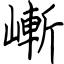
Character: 嶃